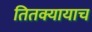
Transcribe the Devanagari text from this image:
तितक्यायाच